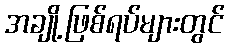
အချို့ဖြစ်ရပ်များတွင်